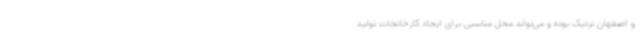
و اصفهان نزدیک بوده و می‌تواند محل مناسبی برای ایجاد کارخانجات تولید